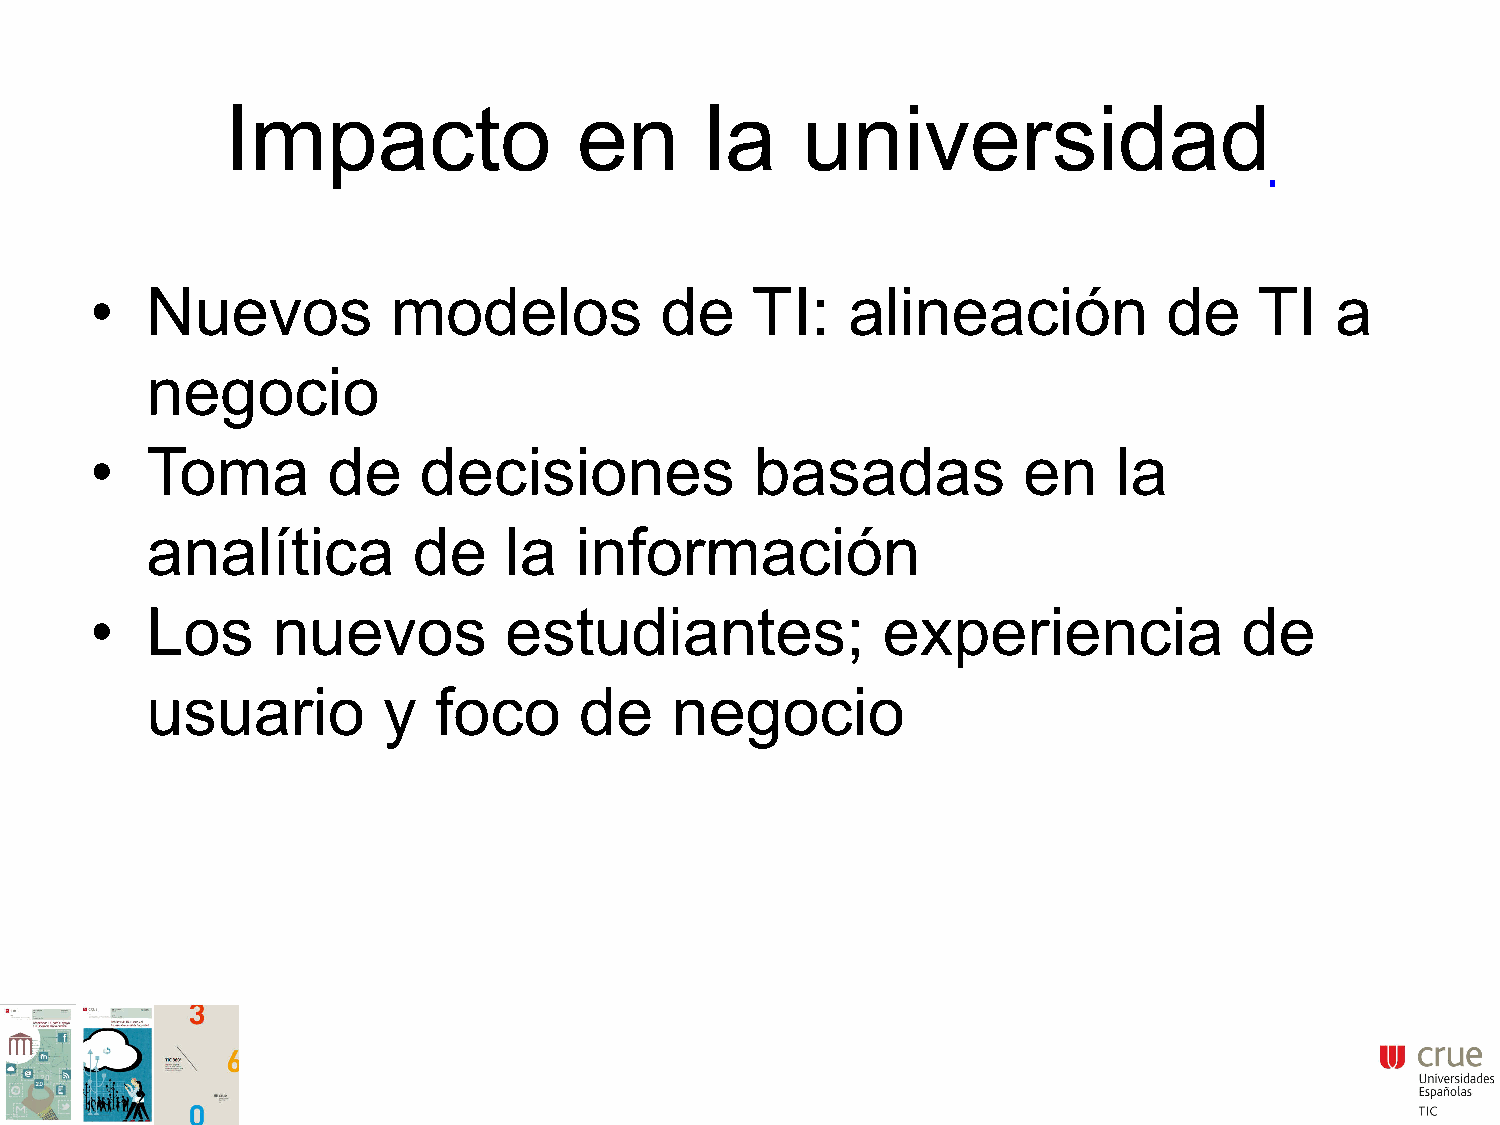
Impacto                en       la    universidad
 Nuevos          modelos           de    TI:   alineación           de    TI   a
 •
 negocio
 Toma        de    decisiones            basadas           en    la
 •
 analítica        de    la   información
 Los     nuevos         estudiantes;             experiencia             de
 •
 usuario        y   foco     de    negocio